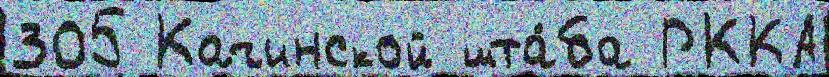
305 Качинской шта́ба РККА